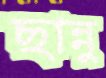
ছান্নু